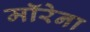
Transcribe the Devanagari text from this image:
मॉरेना